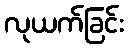
လုယက်ခြင်း